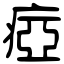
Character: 瘂